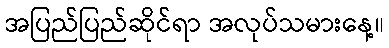
အပြည်ပြည်ဆိုင်ရာ အလုပ်သမားနေ့။